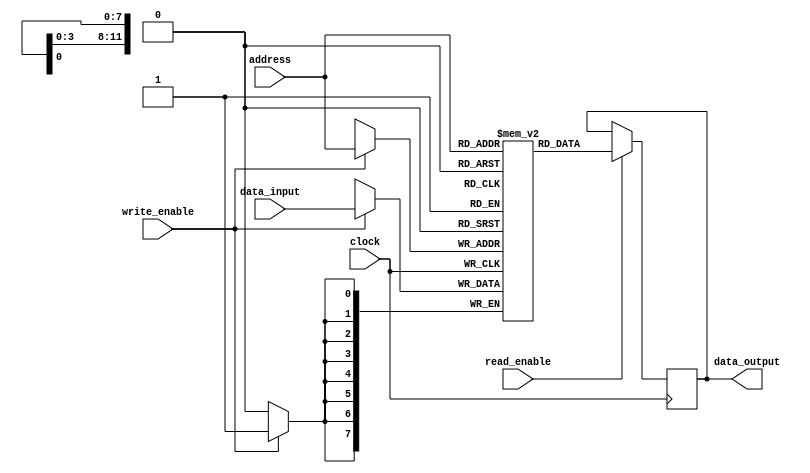
module DRAM (
    input wire [7:0] data_input,
    input wire [11:0] address,
    input wire read_enable,
    input wire write_enable,
    input wire clock,
    output reg [7:0] data_output
);

reg [7:0] memory [0:4095]; // 4096 memory cells

always @(posedge clock) begin
    if (read_enable) begin
        data_output <= memory[address];
    end
    if (write_enable) begin
        memory[address] <= data_input;
    end
end

endmodule